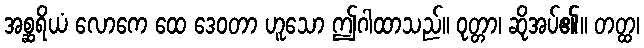
အစ္ဆရိယံ လောကေ ထေ ဒေဝတာ ဟူသော ဤဂါထာသည်။ ဝုတ္တာ၊ ဆိုအပ်၏။ တတ္ထ၊